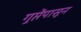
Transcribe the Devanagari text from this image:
गुप्तेंपासून